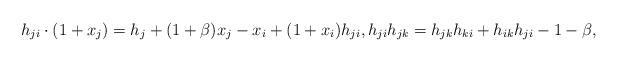
LaTeX: \begin{gather*}h_{ji}\cdot ( 1+x_j) =h_{j}+(1 +\beta) x_j-x_i + (1+x_i) h_{ji}, h_{ji} h_{jk} =h_{jk} h_{ki}+h_{ik} h_{ji} -1- \beta,\end{gather*}